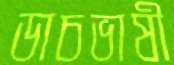
ডাচভাষী